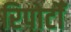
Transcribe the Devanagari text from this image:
रिपोर्टोँं